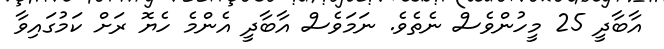
އާބާދީ 25 މީހުންވެސް ނެތެވެ. ނަމަވެސް އާބާދީ އެންމެ ހެޔޮ ރަށް ކަމުގައިވާ